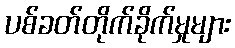
ပစ်ခတ်တိုက်ခိုက်မှုများ